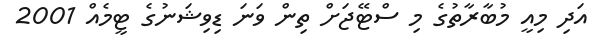
އަދި މިއީ މުބާރާތުގެ މި ސްޓޭޖަށް ތިން ވަނަ ޑިވިޝަނުގެ ޓީމެއް 2001